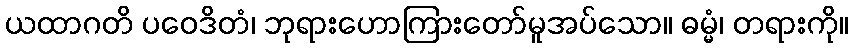
ယထာဂတိ ပဝေဒိတံ၊ ဘုရားဟောကြားတော်မူအပ်သော။ ဓမ္မံ၊ တရားကို။